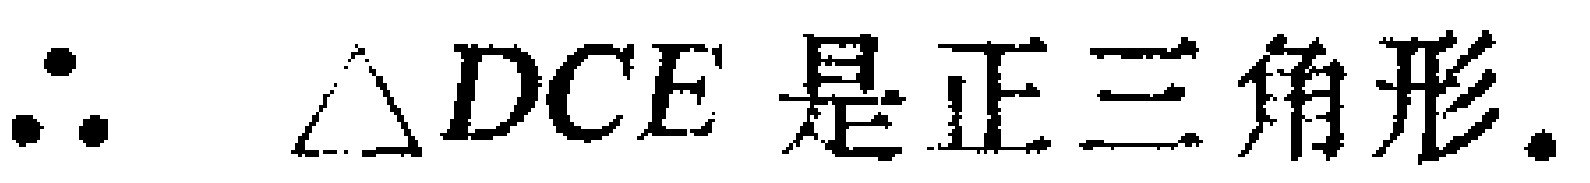
$\therefore \triangle DCE\text{ 是正三角形.}$